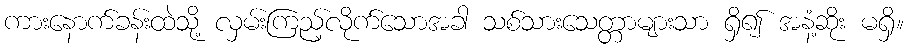
ကားနောက်ခန်းထဲသို့ လှမ်းကြည့်လိုက်သောအခါ သစ်သားသေတ္တာများသာ ရှိ၍ အနံ့ဆိုး မရှိ။